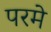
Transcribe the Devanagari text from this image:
परमे